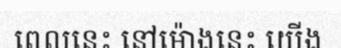
ពេលនេះ នៅម៉ោងនេះ យើង